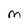
Character: M